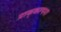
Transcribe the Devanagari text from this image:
प्राक्‌कल्पना